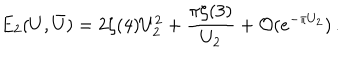
E _ { 2 } ( U , \bar { U } ) = 2 \zeta ( 4 ) U _ { 2 } ^ { 2 } + \frac { \pi \zeta ( 3 ) } { U _ { 2 } } + \mathcal { O } ( e ^ { - \pi U _ { 2 } } ) \, .